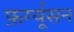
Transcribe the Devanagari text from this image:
फ़र्ग्यूसन